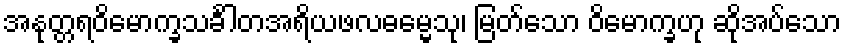
အနုတ္တရဝိမောက္ခသင်္ခါတအရိယဖလဓမ္မေသု၊ မြတ်သော ဝိမောက္ခဟု ဆိုအပ်သော